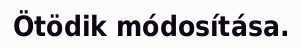
Ötödik módosítása.